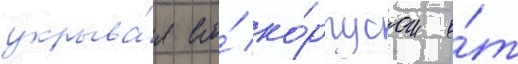
укрыва́я его́ ко́рпусом о́т